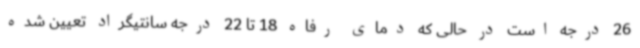
26 درجه است در حالی که دمای رفاه 18 تا 22 درجه سانتیگراد تعیین شده